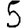
Digit: 5